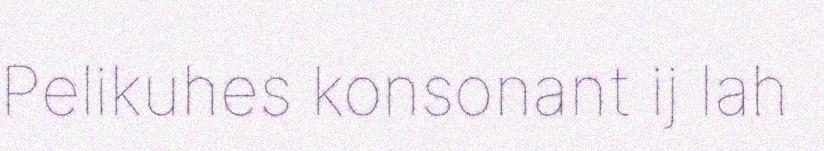
Pelikuhes konsonant ij lah